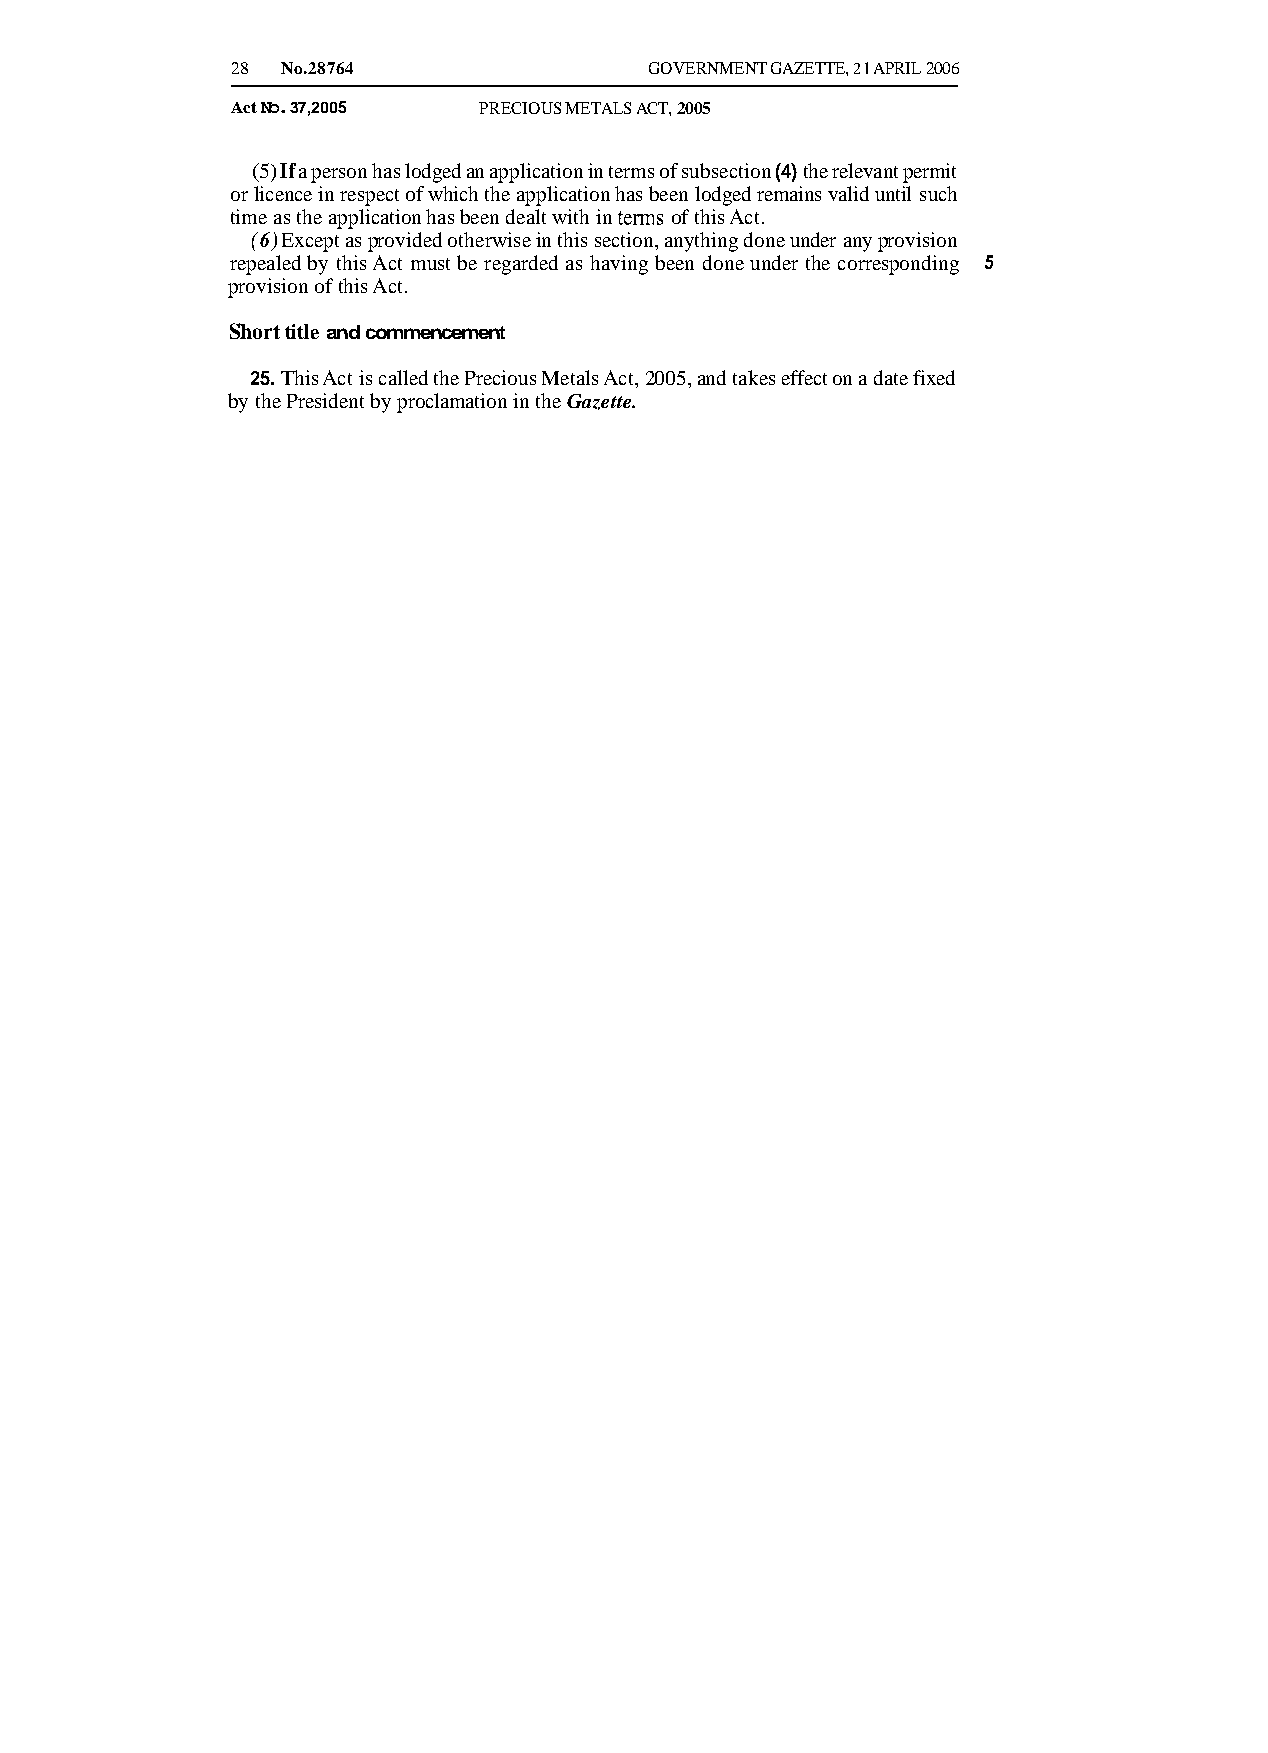
28  No.28764                GOVERNMENT GAZETTE, 2 1 APRIL 2006
 Act No. 37,2005  PRECIOUS METALS ACT, 2005
 (5) If a person has lodged an application in terms of subsection (4) the relevant permit
 or licence in respect of which the application has been lodged remains valid until such
 time as the application has been dealt with in terms of this Act.
 (6)E xcept as provided otherwise in this section, anything done under any provision
 repealed by this Act must be regarded as having been done under the corresponding 5
 provision of this Act.
 Short title and commencement
 25. This Act is called the Precious Metals Act, 2005, and takes effect on a date fixed
 by the President by proclamation in the Gazette.